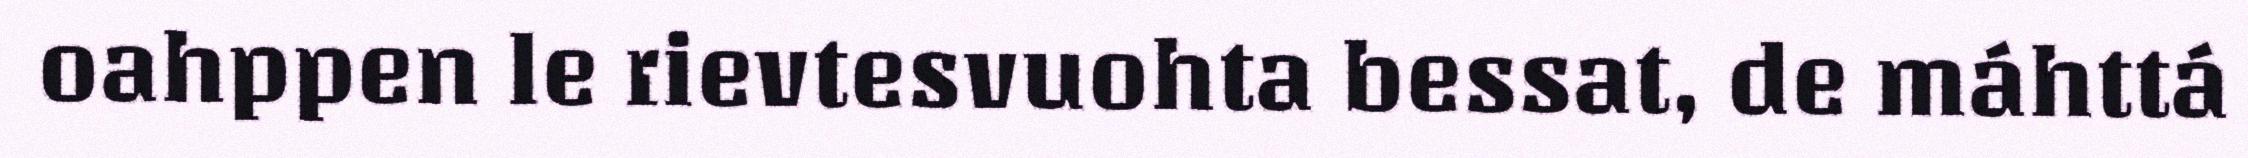
oahppen le rievtesvuohta bessat, de máhttá